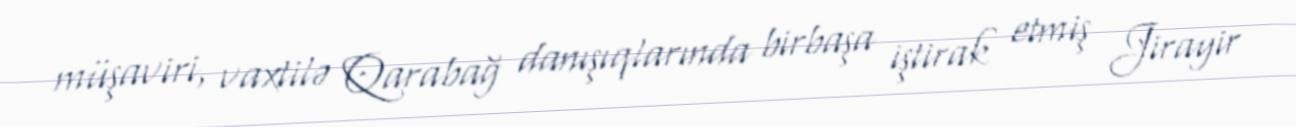
müşaviri, vaxtilə Qarabağ danışıqlarında birbaşa iştirak etmiş Jirayir